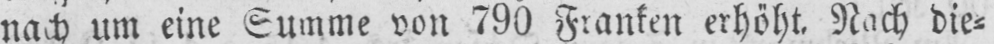
nach um eine Summe von 790 Franken erhöht. Nach die⸗